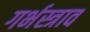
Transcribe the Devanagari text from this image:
गर्भस्त्राव